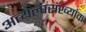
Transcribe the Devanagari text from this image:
अत्यल्पसंख्यांक